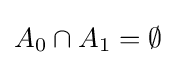
A_{0}\cap A_{1}=\emptyset